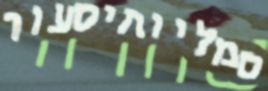
סמליותיסעור